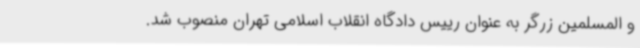
و المسلمین زرگر به عنوان رییس دادگاه انقلاب اسلامی تهران منصوب شد.